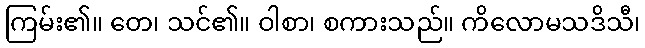
ကြမ်း၏။ တေ၊ သင်၏။ ဝါစာ၊ စကားသည်။ ကိလောမသဒိသီ၊